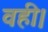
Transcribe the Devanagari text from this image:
वही।